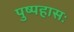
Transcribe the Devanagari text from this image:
पुष्पहासः